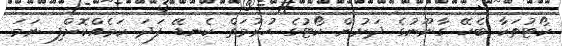
ކޯޓުތަކާ ބެހޭ ގާނޫނުގެ ދަށުން ކޯޓުގެ ހުރުމަތް ކެނޑޭ ފަދަ ކަމެއްކޮށްފި ނަމަ